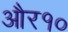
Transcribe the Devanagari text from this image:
और१०